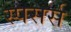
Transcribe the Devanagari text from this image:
स्पसर्स